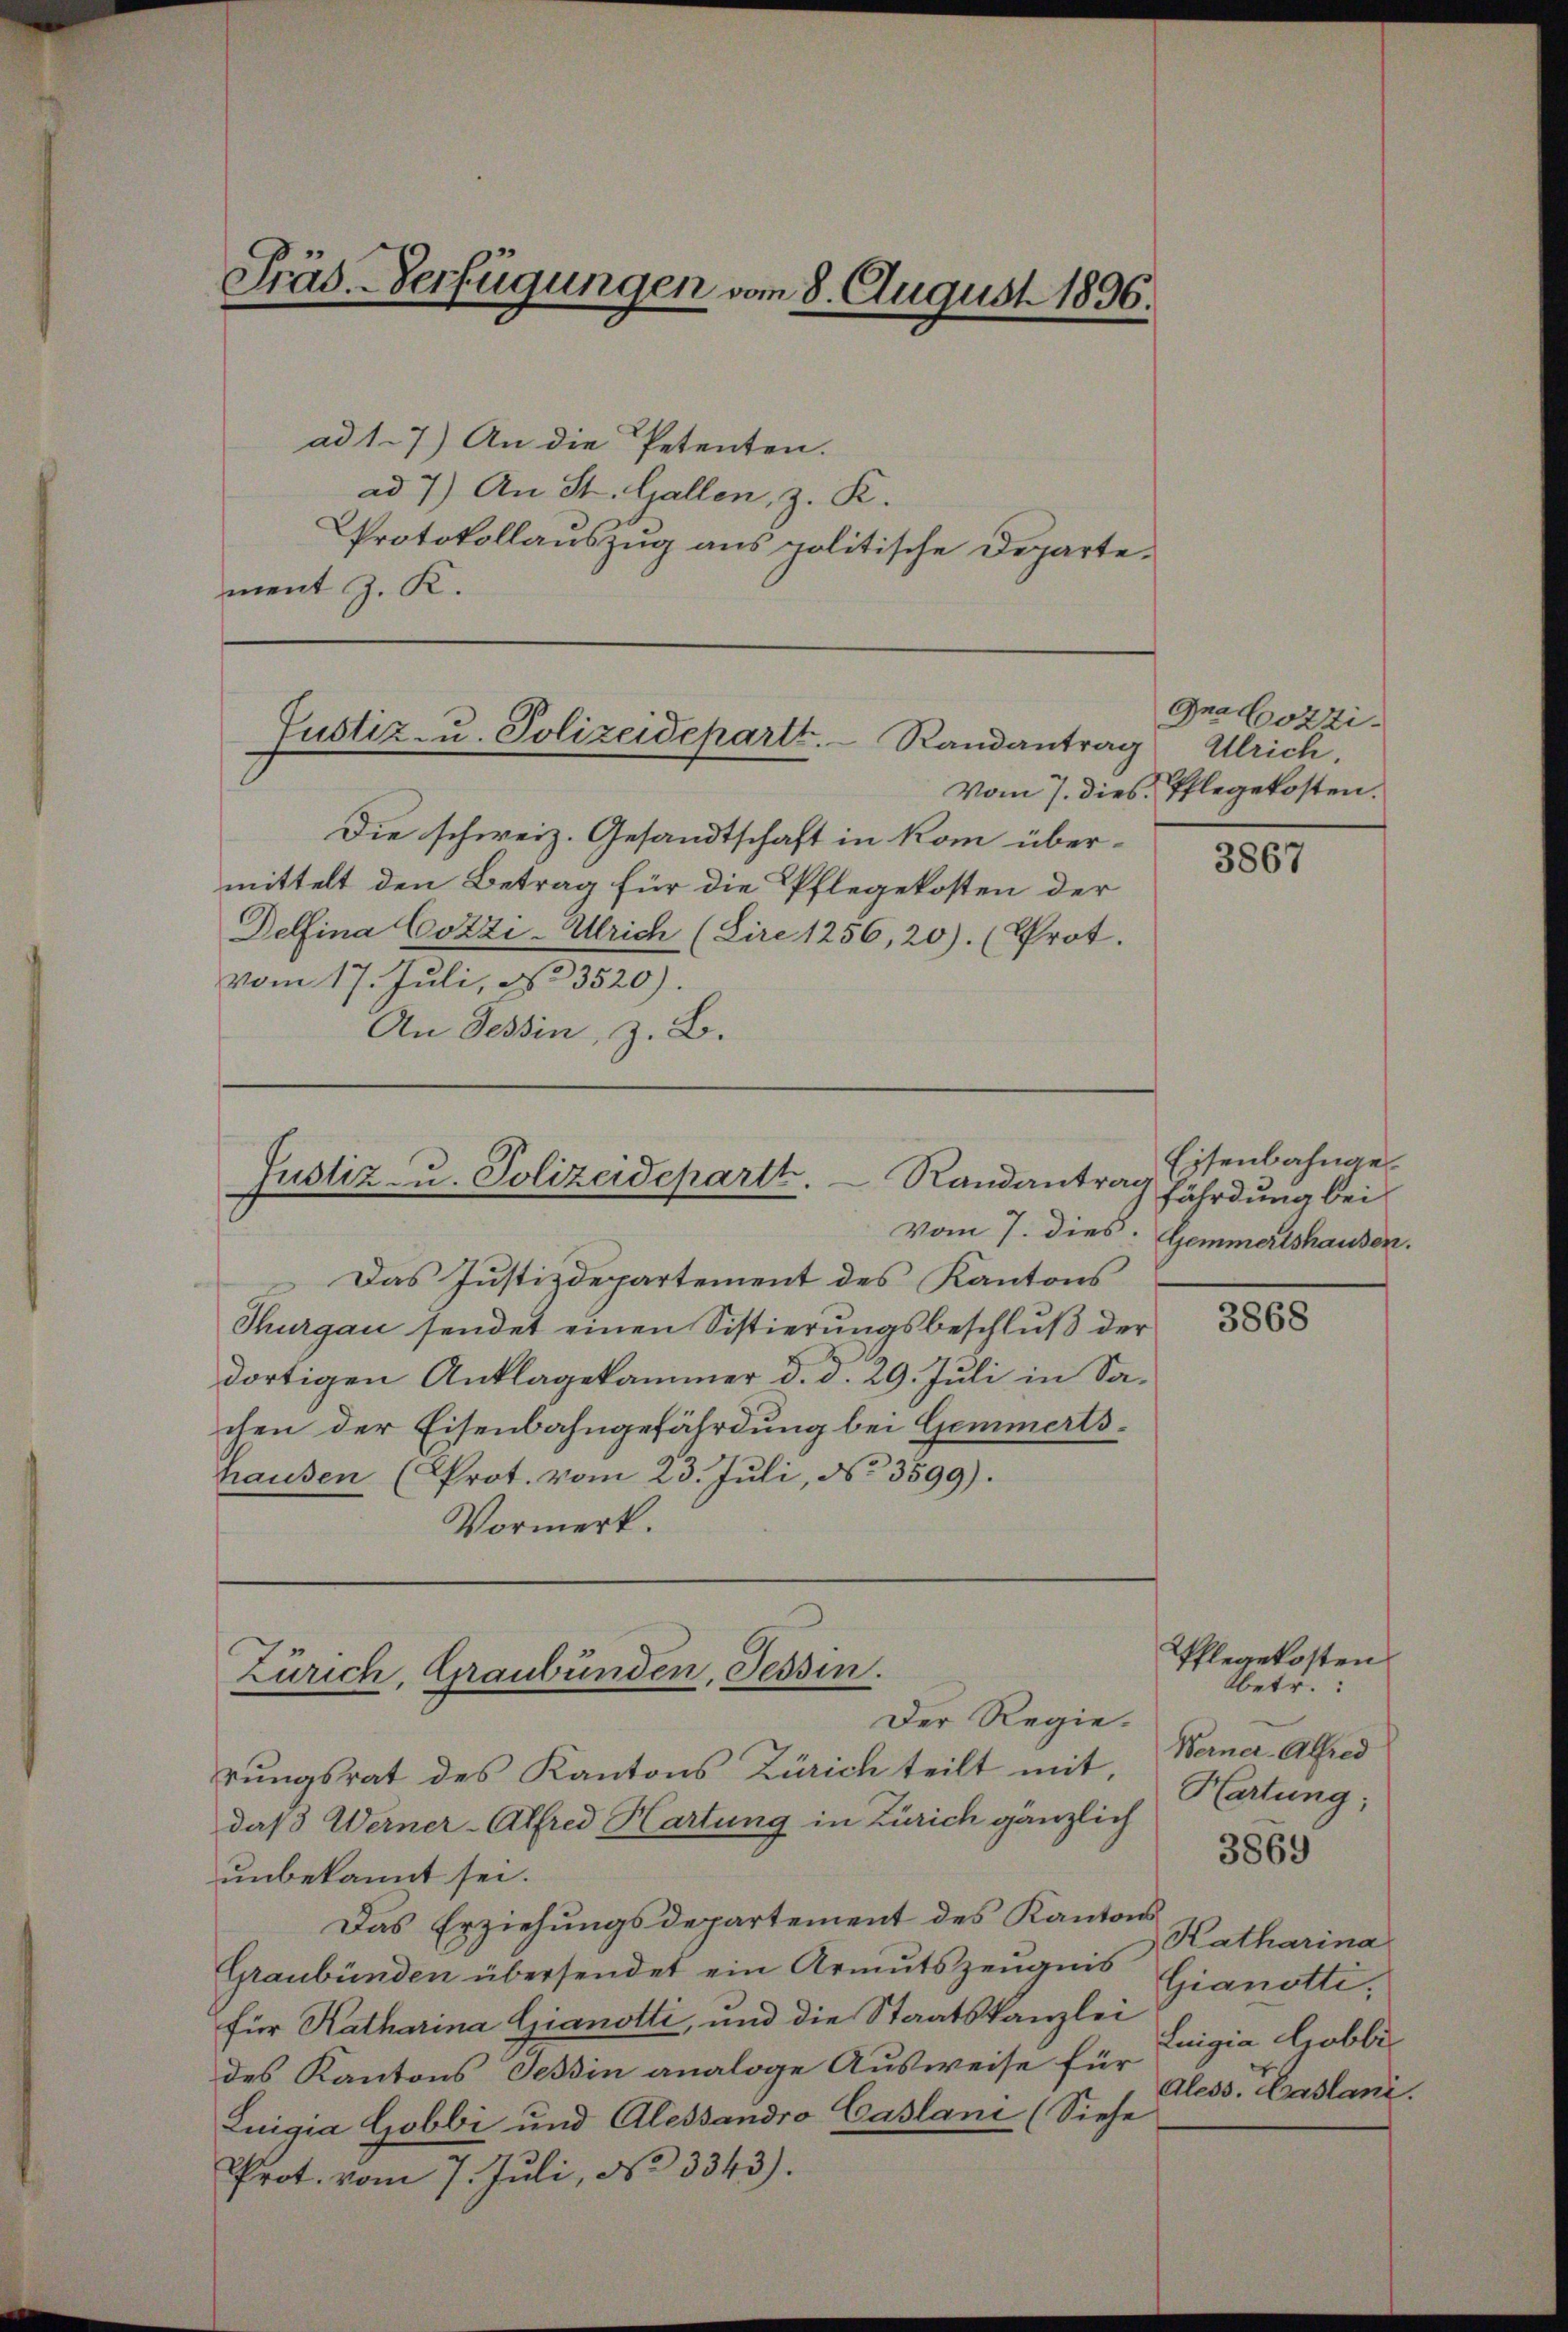
ad 17) An die Petenten.
ad 7) An St. Gallen, z. R.
PProtokollauszug aus politische Departement J. K.

Präs. Verfügungen vom 8. August 1896.

Justiz- u. Polizeidepartt.  Randantrag

Die schweiz. Gesandtschaft in kom übermittelt den Betrag für die Pflegekosten der
Delfina Cozzi-Ulrich (Lire 1256, 20). (Prot.
vom 17. Juli, No 3520).
An Tessin, z. B.

Justiz- u. Polizeidepartt.  Randantrag

vom 7. dies.
Das Justizdepartement des Kantons
Thurgau sendet einen Sistierungsbeschlŭβ der
dortigen Anklagekammer d. d. 29. Juli in Sachen der Eisenbahngefährdung bei Gemmertshausen (Prot. vom 23. Juli, No 3599).
Vormerk.

Zürich, Graubünden, Tessin.
Der Regie¬

Gna Cozzi
Ulrich.
Vom 7. dies. Pflegekosten.

rŭngsrat des Kantons Zürich teilt mit
daß Werner-Alfred Hartung in Zürich gänzlich
unbekannt sei.
Das Erziehungsdepartement des Kantons
Graubünden übersendet ein Armutszeugnis
für Katharina Gianotti, und die Staatskanzlei
des Kantons Tessin analoge Ausweise für
Luigia Gobbi und Alessandro Caslani (Siehe
Prot. vom 7. Jŭli, No 3343).

3867

Eisenbahngefährdung bei
Gemmertshausen.

3868

Pflegekosten
Obetr.:
Werner-Alfred
Hartung;
3869

Katharina
Gianotti,
Luigia Grobbi
Aless. Haslani.